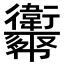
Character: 𢆈